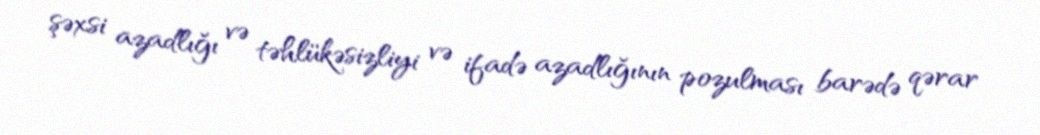
şəxsi azadlığı və təhlükəsizliyi və ifadə azadlığının pozulması barədə qərar